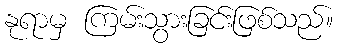
နုရာမှ ကြမ်းသွားခြင်းဖြစ်သည်။